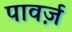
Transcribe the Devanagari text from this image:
पावर्ज़